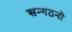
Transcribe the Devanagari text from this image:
सन्गठनो